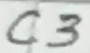
Text: C3